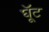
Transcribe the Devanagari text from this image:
घूॅट